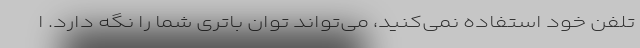
تلفن خود استفاده نمی‌کنید، می‌تواند توان باتری شما را نگه دارد. ا